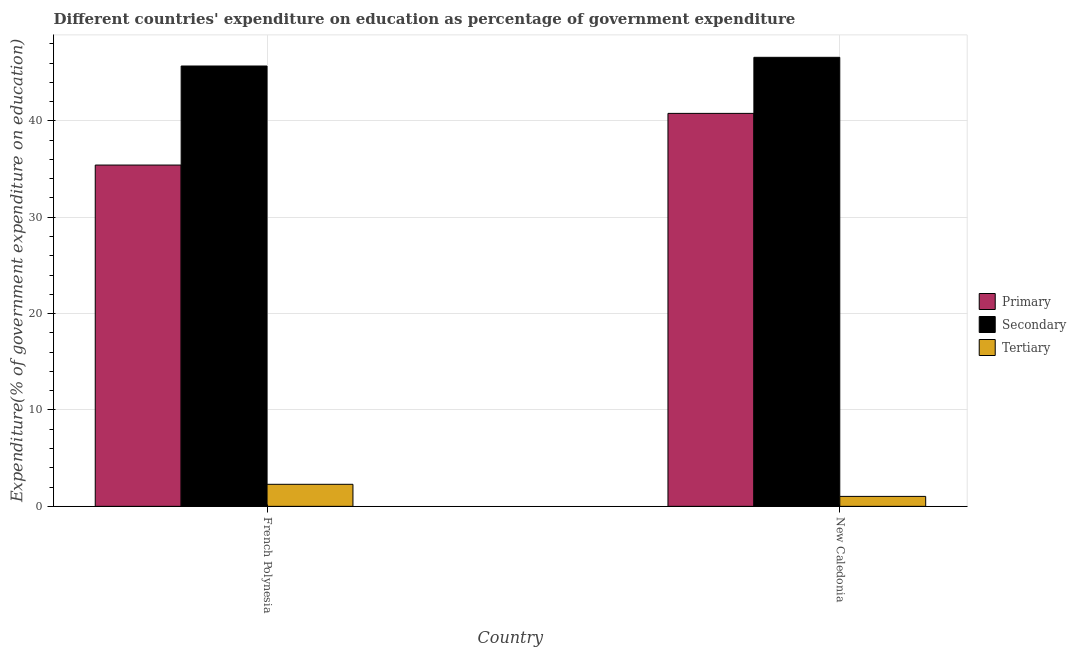
| Country | Primary | Secondary | Tertiary |
 | --- | --- | --- | --- |
 | French Polynesia | 35.4 | 45.7 | 2.29 |
 | New Caledonia | 40.8 | 46.6 | 1.03 |